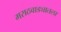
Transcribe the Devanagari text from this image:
मराठवाड्यातला